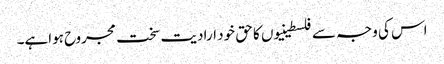
اس کی وجہ سے فلسطینیوں کا حق خود ارادیت سخت مجروح ہواہے۔